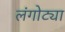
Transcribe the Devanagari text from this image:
लंगोट्या